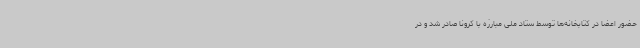
حضور اعضا در کتابخانه‌ها توسط ستاد ملی مبارزه با کرونا صادر شد و در